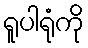
ရူပါရုံကို